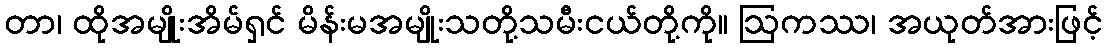
တာ၊ ထိုအမျိုးအိမ်ရှင် မိန်းမအမျိုးသတို့သမီးငယ်တို့ကို။ ဩကဿ၊ အယုတ်အားဖြင့်